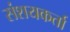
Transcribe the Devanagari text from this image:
संशयकर्ता